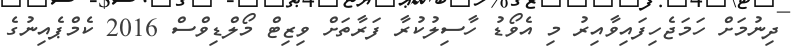
ދިނުމަށް ހަމަޖެހިފައިވާއިރު މި އެވޯޑު ހާސިލުކުރާ ފަރާތަށް ވިޒިޓް މޯލްޑިވްސް 2016 ކެމްޕެއިނުގެ